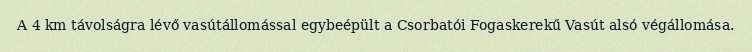
A 4 km távolságra lévő vasútállomással egybeépült a Csorbatói Fogaskerekű Vasút alsó végállomása.